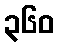
၃၆၀